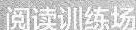
阅读训练